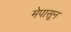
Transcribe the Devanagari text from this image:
मेपासून